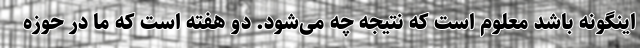
اینگونه باشد معلوم است که نتیجه چه می‌شود. دو هفته است که ما در حوزه